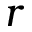
r